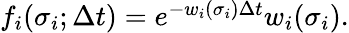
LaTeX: \begin{array}{r}{f_{i}(\sigma_{i};\Delta t)=e^{-w_{i}(\sigma_{i})\Delta t}w_{i}(\sigma_{i}).}\end{array}